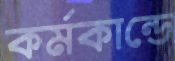
কর্মকান্ডে